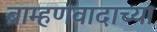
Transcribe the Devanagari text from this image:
ब्राम्हणवादाच्या